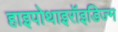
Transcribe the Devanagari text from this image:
हाइपोथाइरॉइडिज्म